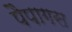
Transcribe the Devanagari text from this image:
पैपागस